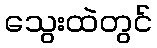
သွေးထဲတွင်